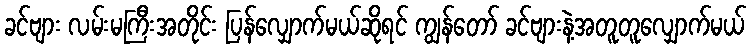
ခင်ဗျား လမ်းမကြီးအတိုင်း ပြန်လျှောက်မယ်ဆိုရင် ကျွန်တော် ခင်ဗျားနဲ့အတူတူလျှောက်မယ်